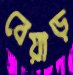
বেয়াড়